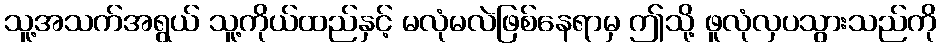
သူ့အသက်အရွယ် သူ့ကိုယ်ထည်နှင့် မလုံမလဲဖြစ်နေရာမှ ဤသို့ ဖူလုံလှပသွားသည်ကို